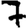
Digit: 7